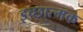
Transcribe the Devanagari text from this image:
इच्छात्मक